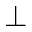
\bot